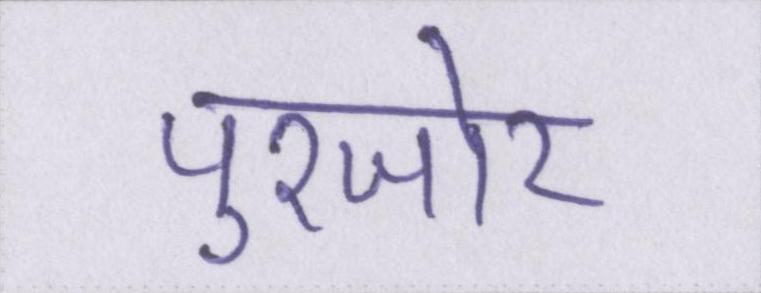
पुरजोर